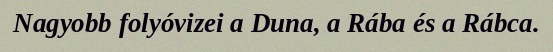
Nagyobb folyóvizei a Duna, a Rába és a Rábca.